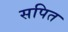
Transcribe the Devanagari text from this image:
सपित